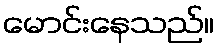
မောင်းနေသည်။